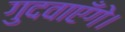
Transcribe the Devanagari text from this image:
गुदवाएँगे।